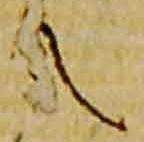
之